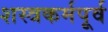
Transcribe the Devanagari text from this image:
शस्त्रकर्मपूर्व